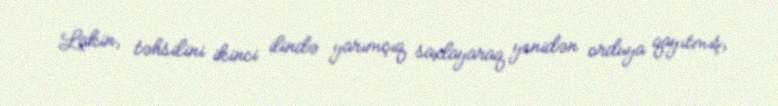
Lakin, təhsilini ikinci ilində yarımçıq saxlayaraq yenidən orduya qayıtmış,